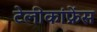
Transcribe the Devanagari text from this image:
टेलीकांफ्रेंस